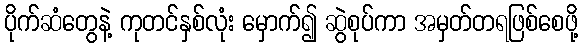
ပိုက်ဆံတွေနဲ့ ကုတင်နှစ်လုံး မှောက်၍ ဆွဲစုပ်ကာ အမှတ်တရဖြစ်စေဖို့